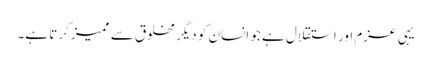
یہی عزم اور استقلال ہے جو انسان کو دیگر مخلوق سے ممیز کرتا ہے۔